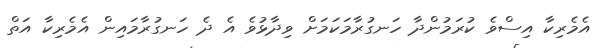
އެމެރިކާ އިސްވެ ކުރަމުންދާ ހަނގުރާމަކަމަށް ވިދާޅުުވެ އެ ދެ ހަނގުރާމައިން އެމެރިކާ އަތް